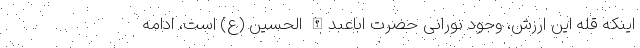
اینکه قله این ارزش، وجود نورانی حضرت اباعبدالله الحسین (ع) است، ادامه